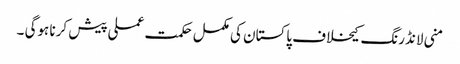
منی لانڈرنگ کیخلاف پاکستان کی مکمل حکمت عملی پیش کرنا ہوگی ۔